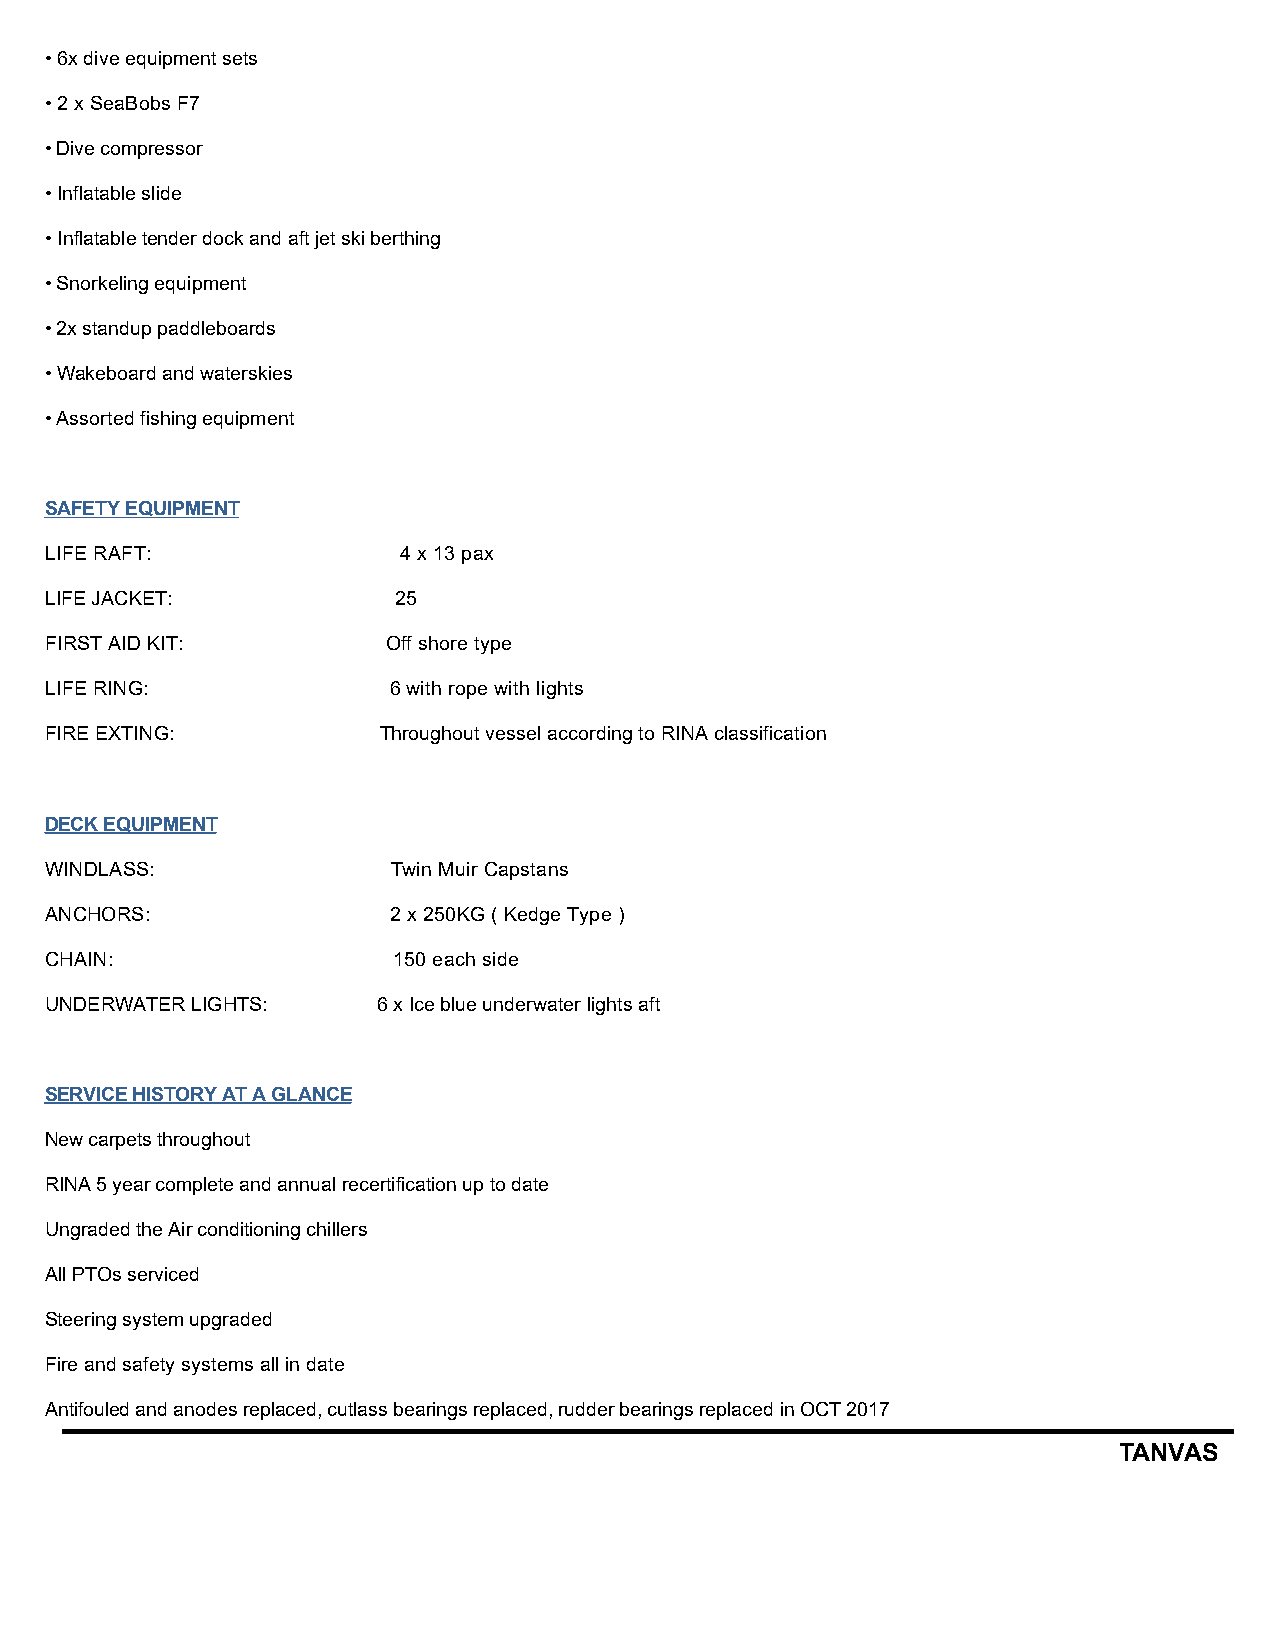
•6x dive equipment sets
 •2 x SeaBobs F7
 •Dive compressor
 •Inflatable slide
 •Inflatable tender dock and aft jet ski berthing
 •Snorkeling equipment
 •2x standup paddleboards
 •Wakeboard and waterskies
 •Assorted fishing equipment
 SAFETY EQUIPMENT
 LIFE RAFT:             4 x 13 pax
 LIFE JACKET:           25
 FIRST AID KIT:         Off shore type
 LIFE RING:             6 with rope with lights
 FIRE EXTING:          Throughout vessel according to RINA classification
 DECK EQUIPMENT
 WINDLASS:              Twin Muir Capstans
 ANCHORS:               2 x 250KG ( Kedge Type )
 CHAIN:                 150 each side
 UNDERWATER LIGHTS:    6 x Ice blue underwater lights aft
 SERVICE HISTORY AT A GLANCE
 New carpets throughout
 RINA 5 year complete and annual recertification up to date
 Ungraded the Air conditioning chillers
 All PTOs serviced
 Steering system upgraded
 Fire and safety systems all in date
 Antifouled and anodes replaced, cutlass bearings replaced, rudder bearings replaced in OCT 2017
 TANVAS